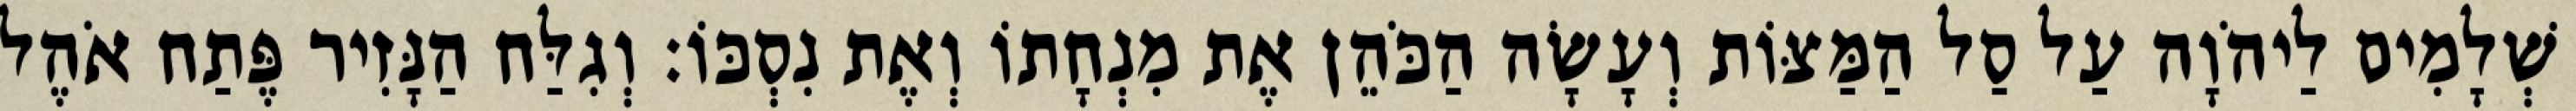
שְׁלָמִים לַיהֹוָה עַל סַל הַמַּצּוֹת וְעָשָׂה הַכֹּהֵן אֶת מִנְחָתוֹ וְאֶת נִסְכּוֹ׃ וְגִלַּח הַנָּזִיר פֶּתַח אֹהֶל